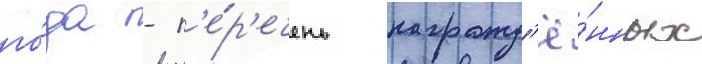
го́да - п'е́р'ечень награжд'ё́нных